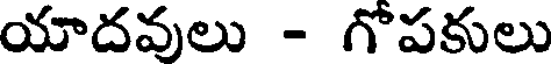
యాదవులు - గోపకులు